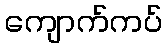
ကျောက်ကပ်